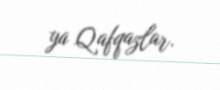
ya Qafqazlar.